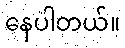
နေပါတယ်။